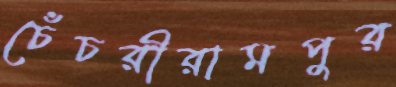
চেঁচরীরামপুর